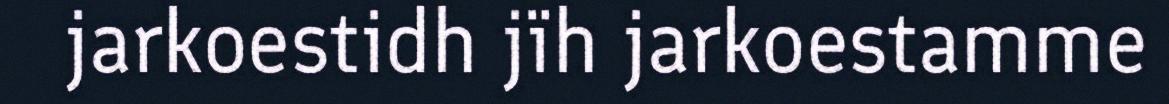
jarkoestidh jïh jarkoestamme